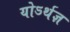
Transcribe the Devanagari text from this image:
योऽर्थज्ञ